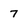
Character: 7